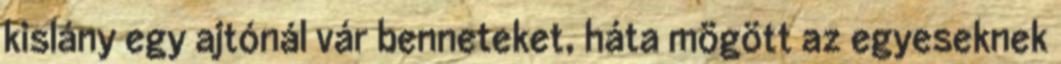
kislány egy ajtónál vár benneteket, háta mögött az egyeseknek